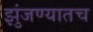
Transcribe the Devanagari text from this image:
झुंजण्यातच